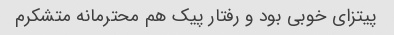
پیتزای خوبی بود و رفتار پیک هم محترمانه متشکرم